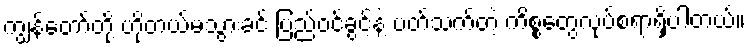
ကျွန်တော်တို့ ဟိုတယ်မသွားခင် ပြည်ဝင်ခွင့်နဲ့ ပတ်သက်တဲ့ ကိစ္စတွေလုပ်စရာရှိပါတယ်။